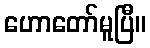
ဟောတော်မူပြီ။